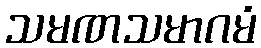
သမဏသမာဂမံ